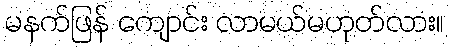
မနက်ဖြန် ကျောင်း လာမယ်မဟုတ်လား။